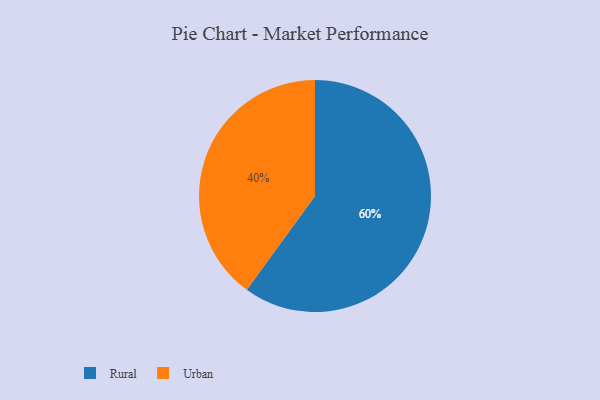
{"axis": {"x": "Category", "y": "Percentage"}, "legend": ["Rural", "Urban"], "data": [{"x": "Rural", "y": 60, "type": "Rural"}, {"x": "Urban", "y": 40, "type": "Urban"}]}